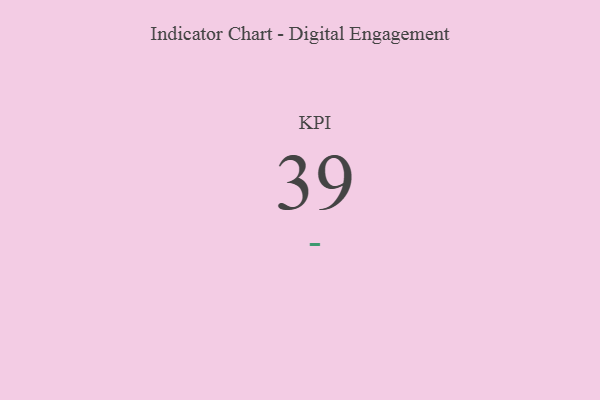
{"axis": {"x": "KPI", "y": "Value"}, "legend": [""], "data": [{"x": "KPI", "y": 39, "type": ""}]}